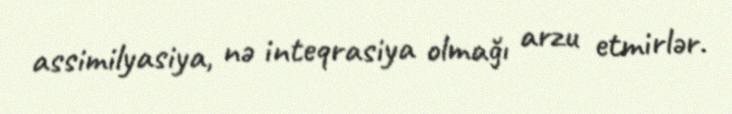
assimilyasiya, nə inteqrasiya olmağı arzu etmirlər.